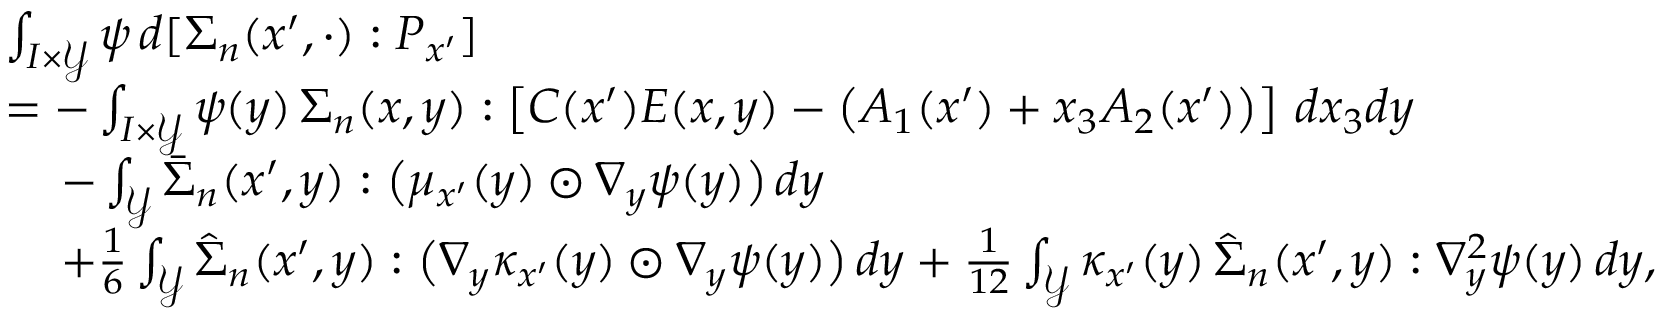
\begin{array} { r l } & { \int _ { I \times \mathcal { Y } } \psi \, d [ \Sigma _ { n } ( x ^ { \prime } , \cdot ) : P _ { x ^ { \prime } } ] } \\ & { = - \int _ { I \times \mathcal { Y } } \psi ( y ) \, \Sigma _ { n } ( x , y ) : \left[ C ( x ^ { \prime } ) E ( x , y ) - \left( A _ { 1 } ( x ^ { \prime } ) + x _ { 3 } A _ { 2 } ( x ^ { \prime } ) \right) \right] \, d x _ { 3 } d y } \\ & { \, \quad - \int _ { \mathcal { Y } } \bar { \Sigma } _ { n } ( x ^ { \prime } , y ) : \big ( \mu _ { x ^ { \prime } } ( y ) \odot \nabla _ { y } \psi ( y ) \big ) \, d y } \\ & { \, \quad + \frac { 1 } { 6 } \int _ { \mathcal { Y } } \hat { \Sigma } _ { n } ( x ^ { \prime } , y ) : \big ( \nabla _ { y } \kappa _ { x ^ { \prime } } ( y ) \odot \nabla _ { y } \psi ( y ) \big ) \, d y + \frac { 1 } { 1 2 } \int _ { \mathcal { Y } } \kappa _ { x ^ { \prime } } ( y ) \, \hat { \Sigma } _ { n } ( x ^ { \prime } , y ) : \nabla _ { y } ^ { 2 } \psi ( y ) \, d y , } \end{array}